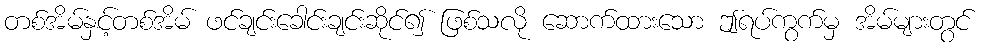
တစ်အိမ်နှင့်တစ်အိမ် ဖင်ချင်းခေါင်းချင်းဆိုင်၍ ဖြစ်သလို ဆောက်ထားသော ဤရပ်ကွက်မှ အိမ်များတွင်